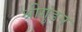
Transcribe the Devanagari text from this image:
श्रीगुंडन्